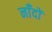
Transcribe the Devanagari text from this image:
नाँदों